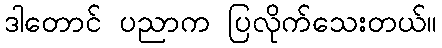
ဒါတောင် ပညာက ပြလိုက်သေးတယ်။